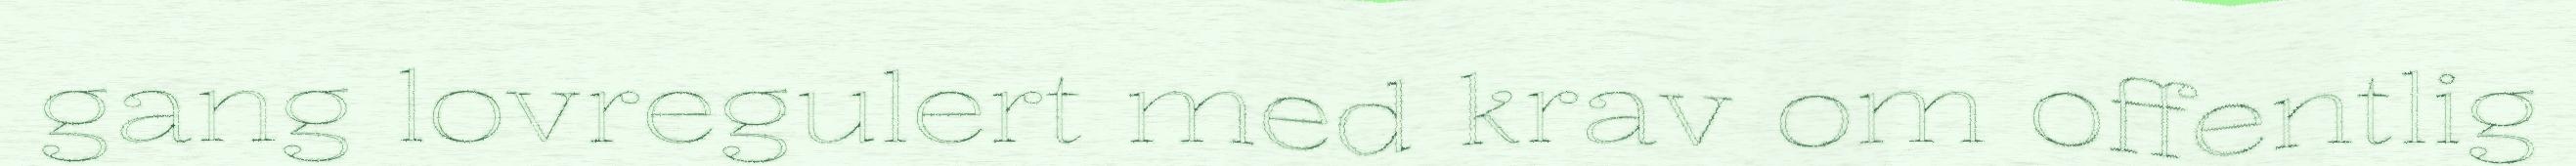
gang lovregulert med krav om offentlig